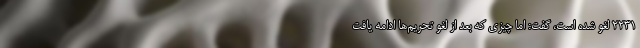
۲۲۳۱ لغو شده است، گفت: اما چیزی که بعد از لغو تحریم‌ها ادامه یافت